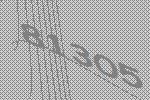
81305